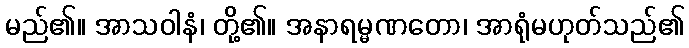
မည်၏။ အာသဝါနံ၊ တို့၏။ အနာရမ္မဏတော၊ အာရုံမဟုတ်သည်၏